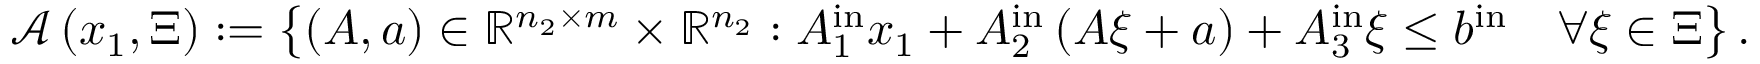
\begin{array} { r l } & { { \mathcal A } \left( x _ { 1 } , \Xi \right) : = \left\{ \left( A , a \right) \in { \mathbb R } ^ { n _ { 2 } \times m } \times { \mathbb R } ^ { n _ { 2 } } : A _ { 1 } ^ { \mathrm { i n } } x _ { 1 } + A _ { 2 } ^ { \mathrm { i n } } \left( A { \xi } + a \right) + A _ { 3 } ^ { \mathrm { i n } } { \xi } \leq b ^ { \mathrm { i n } } \quad \forall { \xi } \in \Xi \right\} . } \end{array}